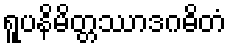
ရူပနိမိတ္တဿာဒဂဓိတံ